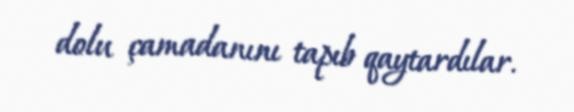
dolu çamadanını tapıb qaytardılar.